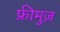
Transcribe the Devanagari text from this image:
फ्रीमुज़